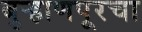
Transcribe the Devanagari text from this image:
बुर्‍हाणपूरचा